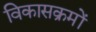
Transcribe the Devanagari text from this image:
विकासक्रमों